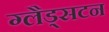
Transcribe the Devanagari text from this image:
ग्लैड्सटन